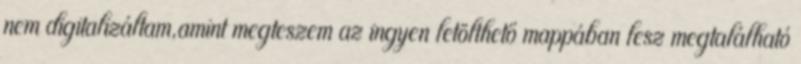
nem digitalizáltam,amint megteszem az ingyen letölthető mappában lesz megtalálható